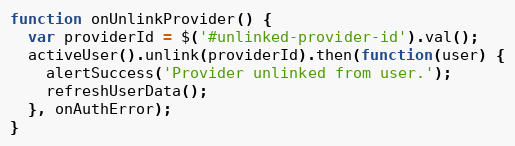
Language: JavaScript
function onUnlinkProvider() {
  var providerId = $('#unlinked-provider-id').val();
  activeUser().unlink(providerId).then(function(user) {
    alertSuccess('Provider unlinked from user.');
    refreshUserData();
  }, onAuthError);
}